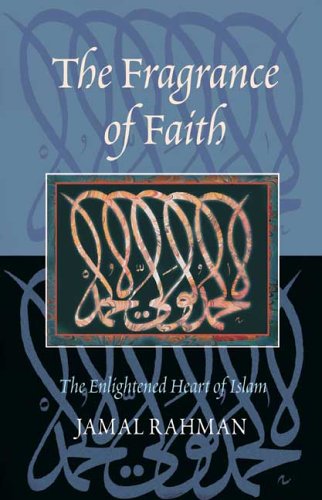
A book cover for The Fragrance of Faith: The Enlightened Heart of Islam; Jamal Rahman; Religion & Spirituality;